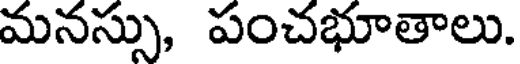
మనస్సు, పంచభూతాలు.